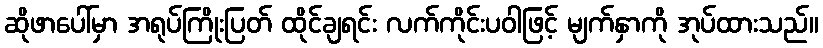
ဆိုဖာပေါ်မှာ အရုပ်ကြိုးပြတ် ထိုင်ချရင်း လက်ကိုင်းပဝါဖြင့် မျက်နှာကို အုပ်ထားသည်။